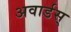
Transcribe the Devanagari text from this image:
अवार्डस्